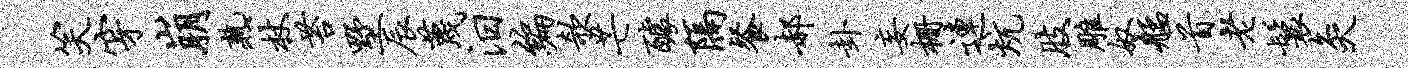
笑穿崩熟杖苔墅辰蔑汨编欹芒醵隔餐郝卦妄栅连炕肢雕奴艋首老鬟灸